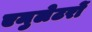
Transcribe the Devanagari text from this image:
एमुलेटरों